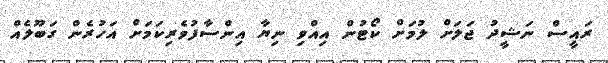
ރައީސް ނަޝީދު ޖަލަށް ލުމަށް ކޯޓުން އިއްވި ނިޔާ އިންސާފުވެރިކަމަށް އަހުރެން ގަބޫލެއް